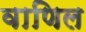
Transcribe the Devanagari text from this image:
वाणिल